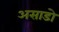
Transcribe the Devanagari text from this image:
असाडो